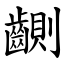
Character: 䶡